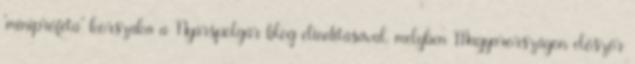
“minipróféta” korszaka a Nyárspolgár blog elindításával, melyben Magyarországon először